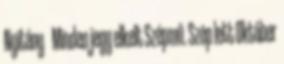
Nyitány Minden jegy elkelt Szépmű. Szép lett Október